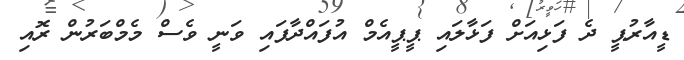
ޑީއާރުޕީ ދެ ފަޅިއަށް ފަޅާލައި ޕީޕީއެމް އުފައްދާފައި ވަނީ ވެސް މެމްބަރުން ރޮއި